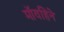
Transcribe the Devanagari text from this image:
मॉवहिने